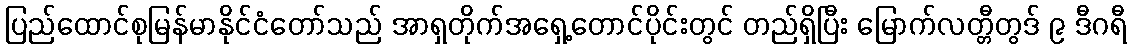
ပြည်ထောင်စုမြန်မာနိုင်ငံတော်သည် အာရှတိုက်အရှေ့တောင်ပိုင်းတွင် တည်ရှိပြီး မြောက်လတ္တီတွဒ် ၉ ဒီဂရီ